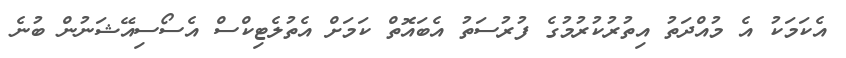
އެކަމަކު އެ މުއްދަތު އިތުރުކުރުމުގެ ފުރުސަތު އެބައޮތް ކަމަށް އެތުލެޓިކްސް އެސޯސިއޭޝަނުން ބުނެ